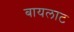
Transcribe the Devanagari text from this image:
बायलाट